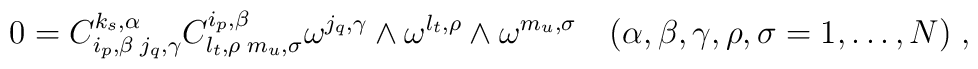
0 = C_{i_p,\beta\;j_q,\gamma}^{k_s,\alpha} C_{l_t,\rho\;m_u,\sigma}^{i_p,\beta}\omega^{j_q,\gamma}\wedge\omega^{l_t,\rho}\wedge\omega^{m_u,\sigma} \quad(\alpha,\beta,\gamma,\rho,\sigma=1,\ldots,N)\;,